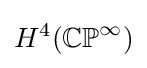
H^{4}(\mathbb {CP} ^{\infty })